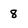
Character: 8